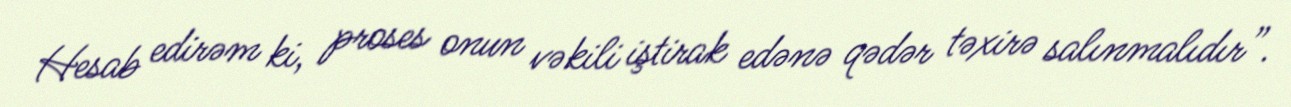
Hesab edirəm ki, proses onun vəkili iştirak edənə qədər təxirə salınmalıdır”.